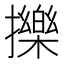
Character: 擽